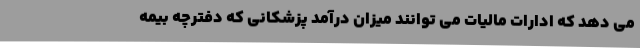
می دهد که ادارات مالیات می توانند میزان درآمد پزشکانی که دفترچه بیمه